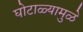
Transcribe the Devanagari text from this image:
घोटाळ्यामुळे